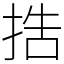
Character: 捁